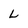
Character: L